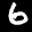
Label: 6